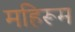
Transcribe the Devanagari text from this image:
महिरूम